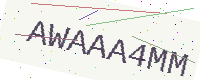
Text: AWAAA4MM